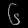
Digit: ၆